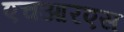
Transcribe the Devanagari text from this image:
एचआरएस